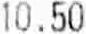
10.50